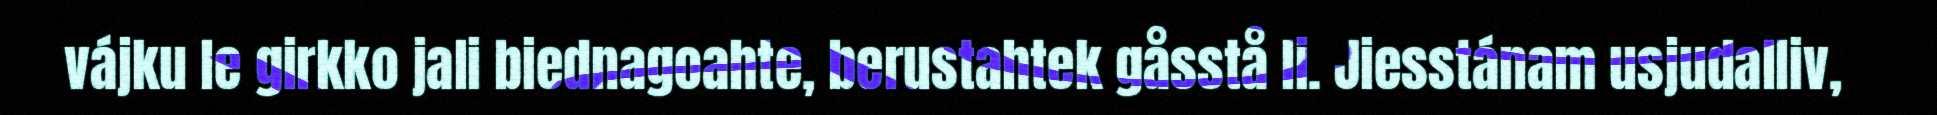
vájku le girkko jali biednagoahte, berustahtek gåsstå li. Jiesstánam usjudalliv,